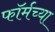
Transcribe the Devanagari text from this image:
फॉर्मच्या